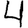
Digit: 4